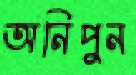
অনিপুন